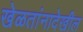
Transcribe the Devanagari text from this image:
खेळतांनादेखील